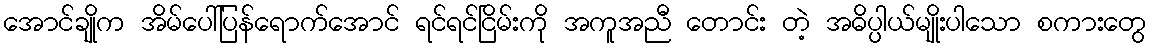
အောင်ချိုက အိမ်ပေါ်ပြန်ရောက်အောင် ရင်ရင်ငြိမ်းကို အကူအညီ တောင်း တဲ့ အဓိပ္ပါယ်မျိုးပါသော စကားတွေ